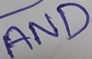
Text: AND